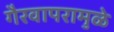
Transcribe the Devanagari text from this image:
गैरवापरामुळे